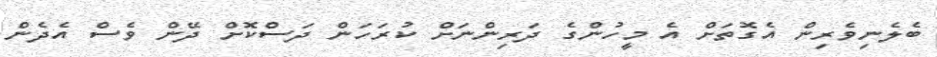
ބެލެނިވެރިން އެގޮތަށް އެ މީހުންގެ ދަރިންނަށް ކުރަހަން ދަސްކޮށް ދޭން ވެސް އެދެން